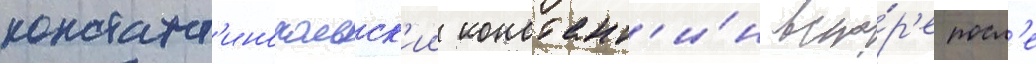
констант'инопольск'ии констант'и́н вско́р'е посл'е